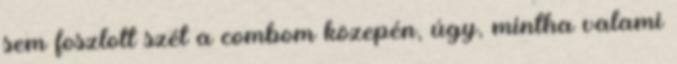
sem foszlott szét a combom közepén, úgy, mintha valami